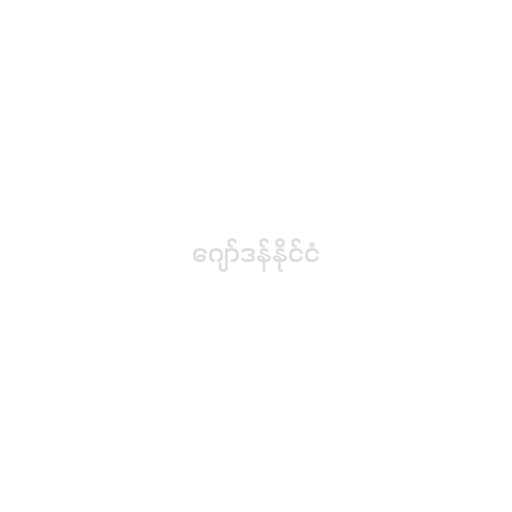
ဂျော်ဒန်နိုင်ငံ